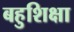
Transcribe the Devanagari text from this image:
बहुशिक्षा